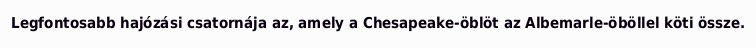
Legfontosabb hajózási csatornája az, amely a Chesapeake-öblöt az Albemarle-öböllel köti össze.